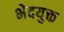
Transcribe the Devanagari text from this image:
भेदयुक्त